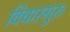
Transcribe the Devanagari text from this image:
विचारगुरु